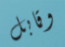
وقابل